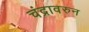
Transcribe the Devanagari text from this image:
चंद्रावरुन